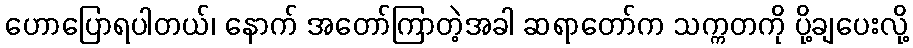
ဟောပြောရပါတယ်၊ နောက် အတော်ကြာတဲ့အခါ ဆရာတော်က သက္ကတကို ပို့ချပေးလို့